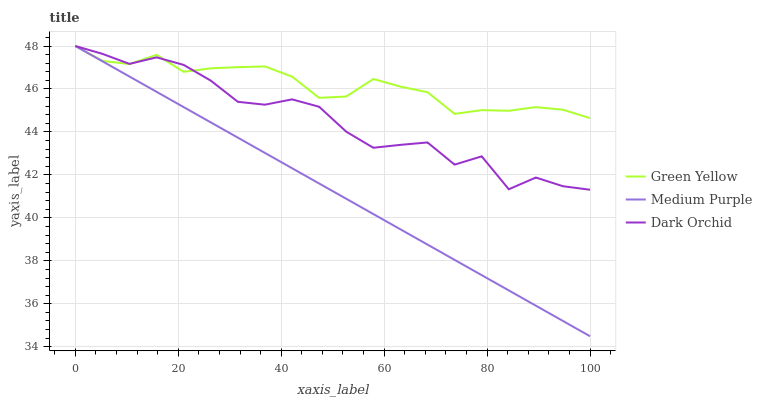
| xaxis_label | Green Yellow | Medium Purple | Dark Orchid |
 | --- | --- | --- | --- |
 | 0 | 48 | 48 | 48 |
 | 5.26 | 47.3 | 47.3 | 47.6 |
 | 10.5 | 47.2 | 46.6 | 47.2 |
 | 15.8 | 47.6 | 45.9 | 47.5 |
 | 21.1 | 46.8 | 45.2 | 47.1 |
 | 26.3 | 47 | 44.4 | 46.4 |
 | 31.6 | 47 | 43.7 | 45.4 |
 | 36.8 | 47 | 43 | 45.3 |
 | 42.1 | 46.6 | 42.3 | 45.5 |
 | 47.4 | 45.6 | 41.6 | 45.2 |
 | 52.6 | 45.6 | 40.9 | 44 |
 | 57.9 | 46.5 | 40.2 | 43.3 |
 | 63.2 | 46.1 | 39.5 | 43.4 |
 | 68.4 | 45.9 | 38.8 | 43.5 |
 | 73.7 | 44.8 | 38 | 42.5 |
 | 78.9 | 45 | 37.3 | 42.9 |
 | 84.2 | 45 | 36.6 | 41.3 |
 | 89.5 | 45.2 | 35.9 | 41.9 |
 | 94.7 | 45 | 35.2 | 41.5 |
 | 100 | 44.6 | 34.5 | 41.3 |